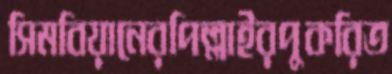
সিমবিয়ানেরপিল্লাইরপুকরিত